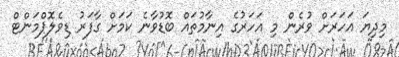
މިދިޔަ އަހަރަށް ވުރެން މި އަހަރުގެ އިނާމުތައް ބޮޑުވާނެ ކަމަށް ގާފަރު ޑިވެލޮޕްމަންޓް